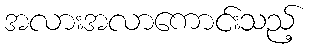
အလားအလာကောင်းသည့်